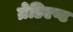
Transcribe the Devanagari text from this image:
ग्रेडिएण्ट